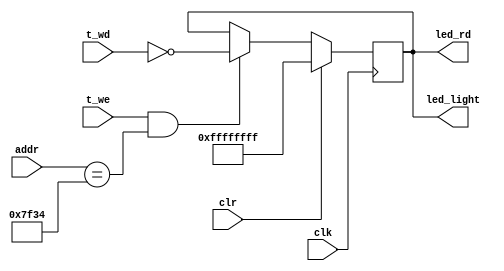
`timescale 1ns / 1ps

module leddriver(clk,clr,led_rd,t_wd,t_we,addr,led_light);
input clk,clr,t_we;
output [31:0]led_rd,led_light;
input [31:0] t_wd,addr;
reg [31:0] tmp;

assign led_light= tmp;
assign led_rd=tmp;

always @(posedge clk)
	begin
		if(clr)
			tmp<=32'hffffffff;
		else if(t_we==1 && addr==32'h00007f34)
			begin
				tmp<=~t_wd;
			end
	end


endmodule